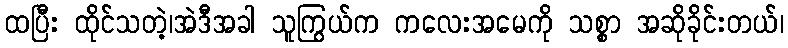
ထပြီး ထိုင်သတဲ့၊အဲဒီအခါ သူကြွယ်က ကလေးအမေကို သစ္စာ အဆိုခိုင်းတယ်၊